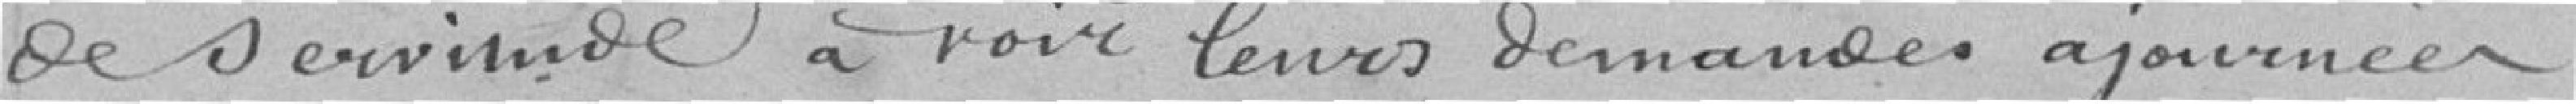
De servimade a voir leurs demandes ajournée